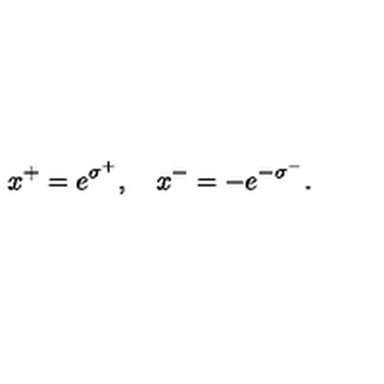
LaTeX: x ^ { + } = e ^ { \sigma ^ { + } } , \quad x ^ { - } = - e ^ { - \sigma ^ { - } } .